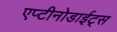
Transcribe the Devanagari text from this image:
एप्टीनोडाईट्स